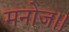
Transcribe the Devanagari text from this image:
मनोज।।